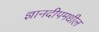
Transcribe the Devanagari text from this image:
ज्ञानदीपमधील